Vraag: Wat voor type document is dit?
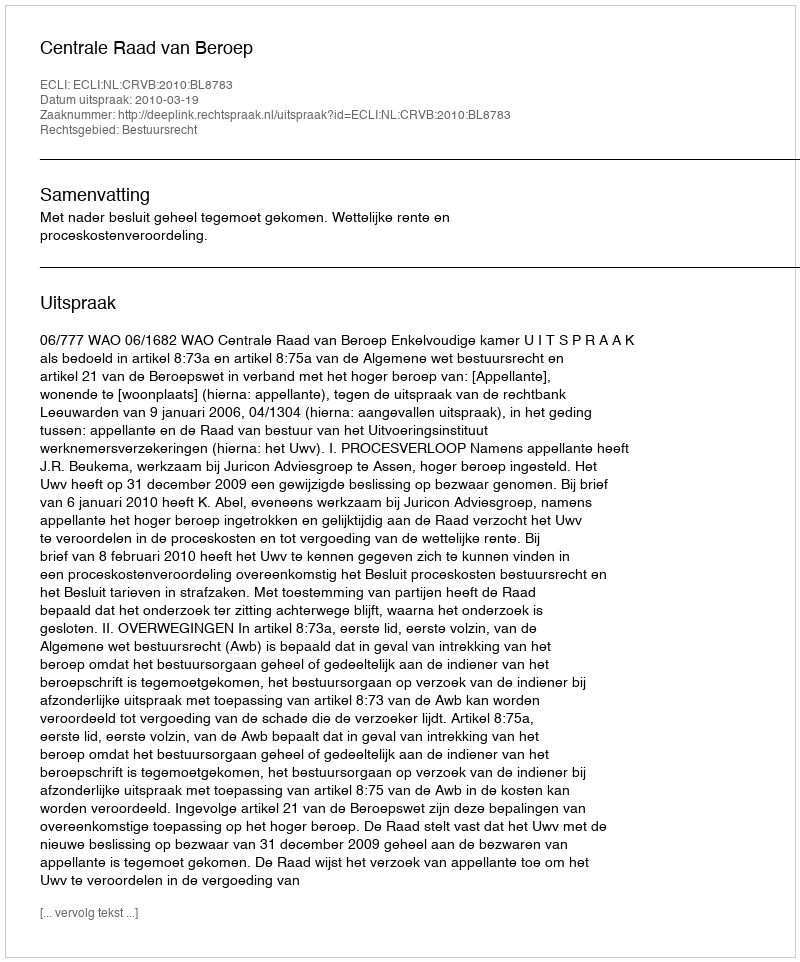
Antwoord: Uitspraak